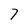
Character: 7